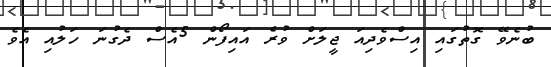
ބުނެވޭ ގޮތުގައި އިސްވެދިއަ ޖީލަށް ވުރެ އައިފޯން 5އެސް ދެގުނަ ހަލުއި އެވެ